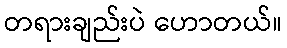
တရားချည်းပဲ ဟောတယ်။